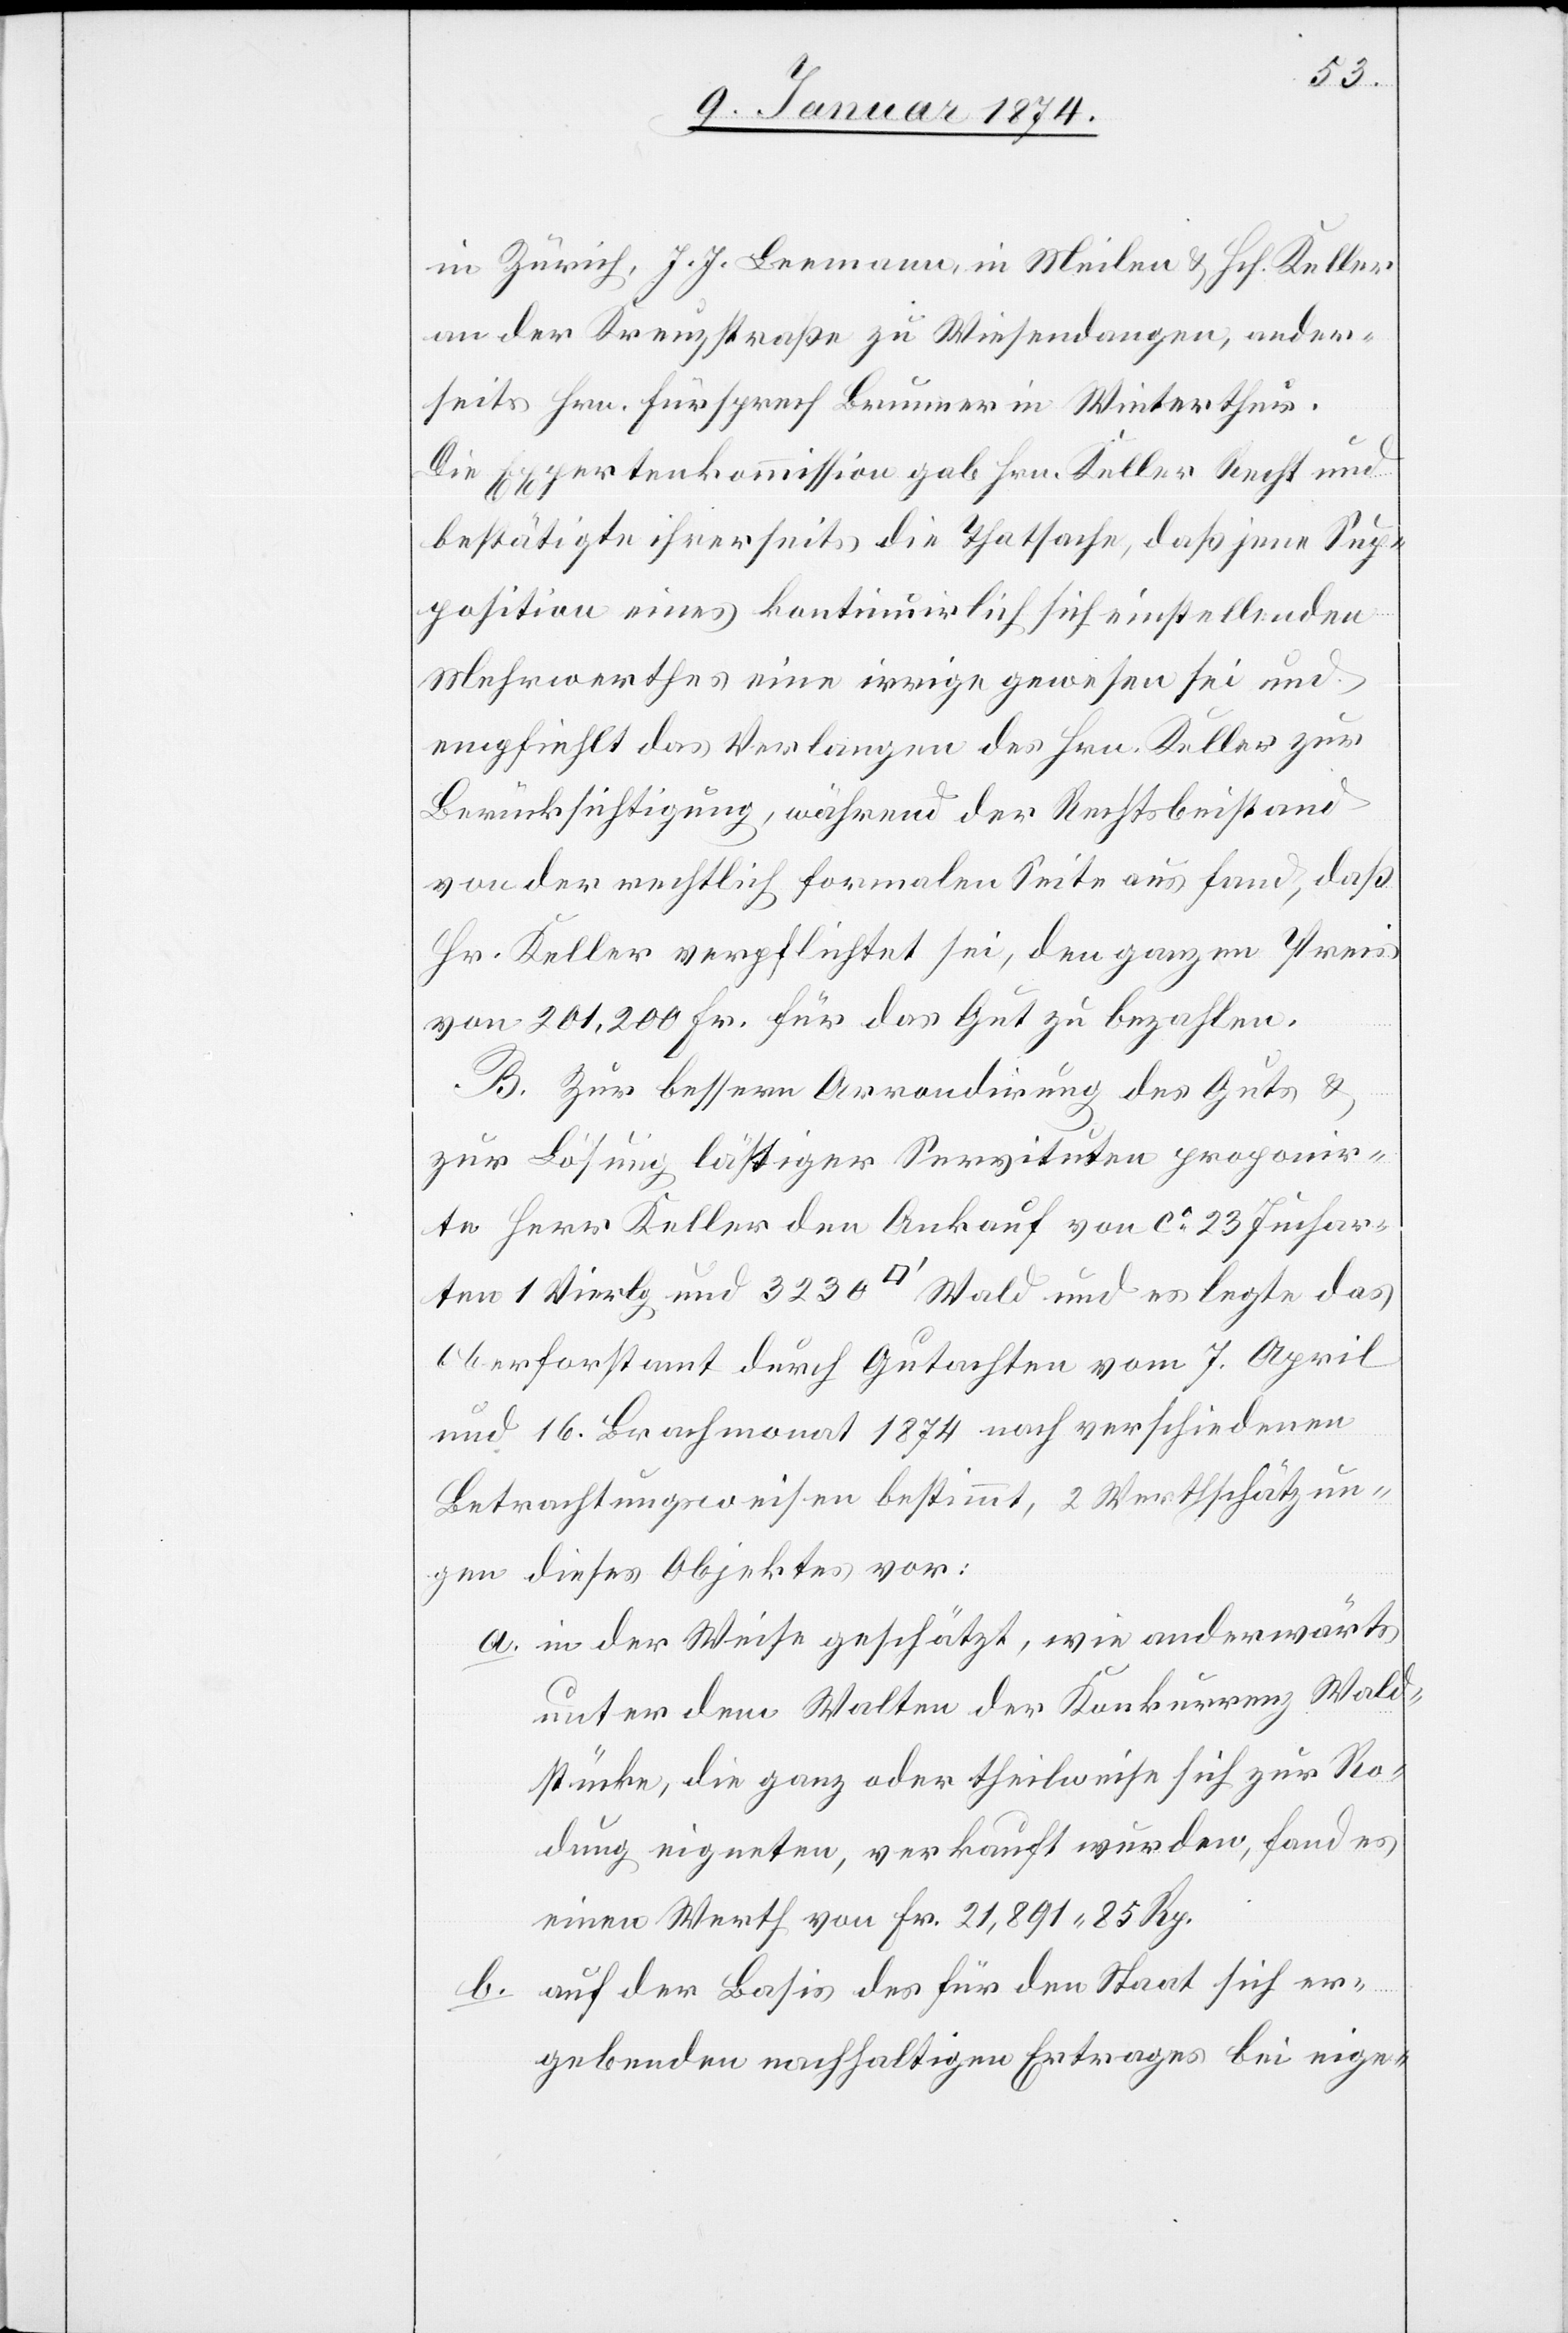
in Zürich, J. J. Leemann in Meilen & Hch. Keller
an der Kreuzstraße zu Wiesendangen, ander¬
seits Hrn. Fürsprech Brunner in Winterthur.
Die Expertenkommission gab Hrn. Keller Recht und
bestätigte ihrerseits die Thatsache, daß jene Sup¬
position eines kontinuirlich sich einstellenden
Mehrwerthes eine irrige gewesen sei und
empfiehlt das Verlangen des Hrn. Keller zur
Berücksichtigung, während der Rechtsbeistand
von der rechtlich formalen Seite aus fand, daß
Hr. Keller verpflichtet sei, den ganzen Preis
von 201,200 Fr. für das Gut zu bezahlen.
B. Zur bessern Arrondirung des Guts &
zur Lösung lästiger Servituten proponir¬
te Herr Keller den Ankauf von ca 23 Juchar¬
ten 1 Vierlg und 323 [Quadratfuss] Wald und es legte das
Oberforstamt durch Gutachten vom 7. April
und 16. Brachmonat 1874 nach verschiedenen
Betrachtungsweisen bestimmt, 2 Werthschätzun¬
gen dieses Objektes vor:
a. in der Weise geschätzt, wie anderwärts
unter dem Walten der Konkurrenz Wald¬
stücke, die ganz oder theilweise sich zur Ro¬
dung eigneten, verkauft wurden, fand es
einen Werth von Fr. 21,891. 85 Rp.
auf der Basis des für den Staat sich er¬
b.
gebenden nachhaltigen Ertrages bei eige-